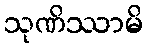
သုဏိဿာမိ